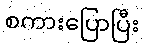
စကားပြောပြီး